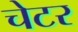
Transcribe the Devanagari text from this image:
चेटर